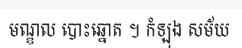
មណ្ឌល បោះឆ្នោត ។ កំឡុង សម័យ